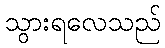
သွားရလေသည်